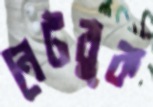
নেটবুক